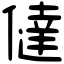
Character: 㒓